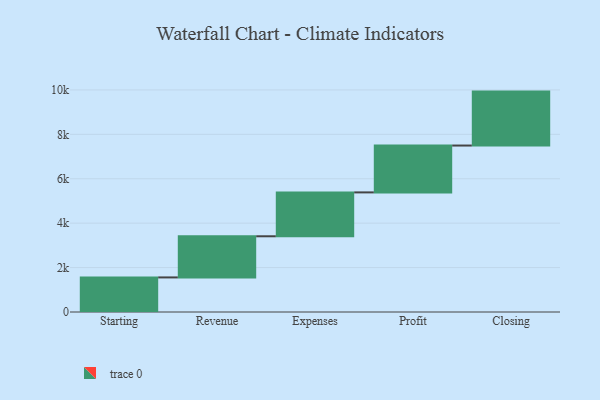
{"axis": {"x": "Step", "y": "Value"}, "legend": [""], "data": [{"x": "Starting", "y": 1557.0, "type": ""}, {"x": "Revenue", "y": 1853.0, "type": ""}, {"x": "Expenses", "y": 1976.0, "type": ""}, {"x": "Profit", "y": 2110.0, "type": ""}, {"x": "Closing", "y": 2429.0, "type": ""}]}